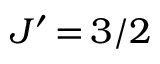
J ^ { \prime } \, { = } \, 3 / 2